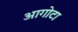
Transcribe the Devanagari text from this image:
आगोटा